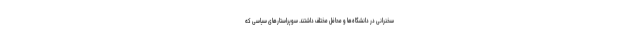
سخنرانی در دانشگاه‌ها و محافل مختلف داشتند. سوپراستارهای سیاسی که